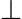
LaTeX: \perp